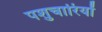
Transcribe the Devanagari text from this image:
पशुचारियों